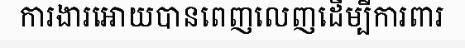
ការងារអោយបានពេញលេញដើម្បីការពារ